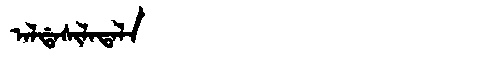
Manchu: ᠠᠯᡩᠠᠰᡳᠯᠠᡨᠠᠯᠠ
Romanization: ALDASILATALA